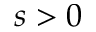
s > 0